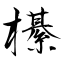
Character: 櫀